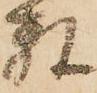
数